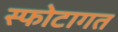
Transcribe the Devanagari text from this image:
स्फोटागत